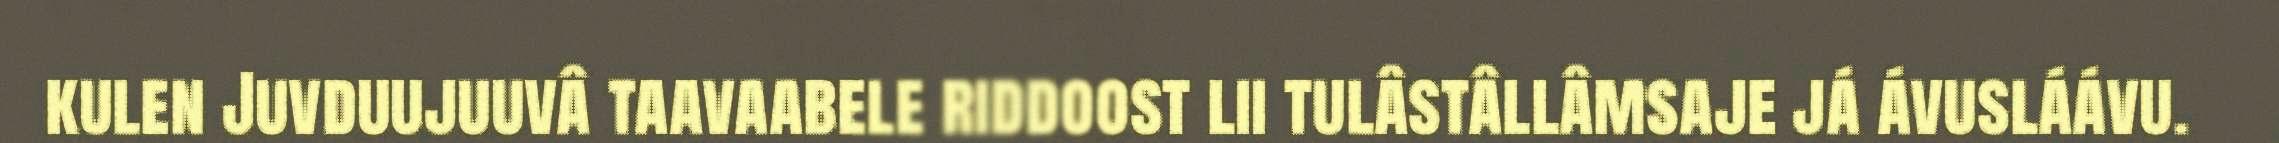
kulen Juvduujuuvâ taavaabele riddoost lii tulâstâllâmsaje já ávusláávu.